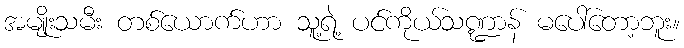
အမျိုးသမီး တစ်ယောက်ဟာ သူ့ရဲ့ ပင်ကိုယ်သဏ္ဍာန် မပေါ်တော့ဘူး။